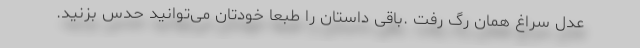
عدل سراغ همان رگ رفت .باقی داستان را طبعا خودتان می‌توانید حدس بزنید.